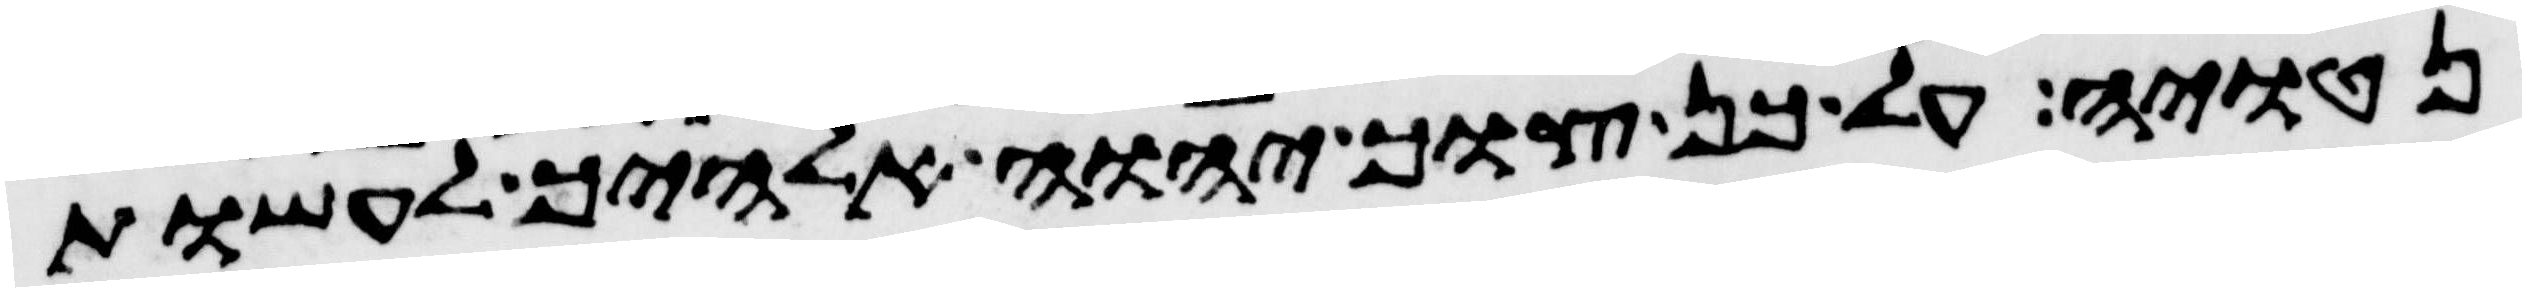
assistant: נטויה על כן צוך יהוה אלהיך לעשות